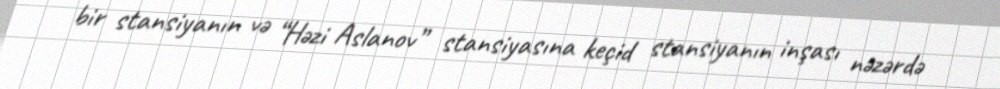
bir stansiyanın və “Həzi Aslanov” stansiyasına keçid stansiyanın inşası nəzərdə